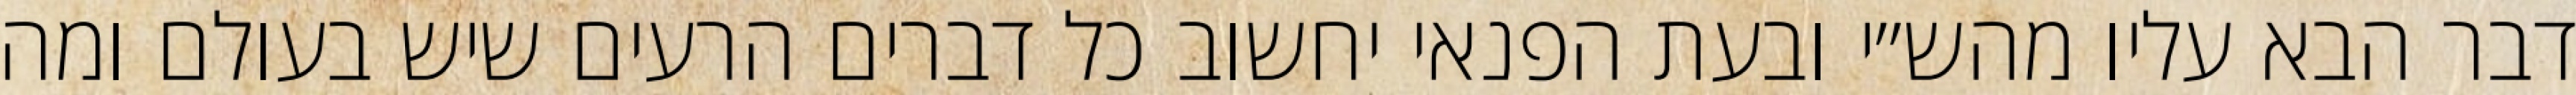
דבר הבא עליו מהש״י ובעת הפנאי יחשוב כל דברים הרעים שיש בעולם ומה